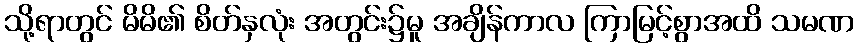
သို့ရာတွင် မိမိ၏ စိတ်နှလုံး အတွင်း၌မူ အချိန်ကာလ ကြာမြင့်စွာအထိ သမဏ